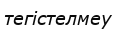
тегістелмеу